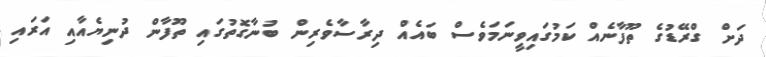
ދަށް ގްރޭޑުގެ ތޫފާނެއް ކަމުގައިވީނަމަވެސް ބައެއް ދިރާސާވެރިން ބުނާގޮތުގައި ތޫފާން ދުނިޔެއާއި އަރައި